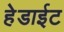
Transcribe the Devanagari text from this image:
हेडाईट